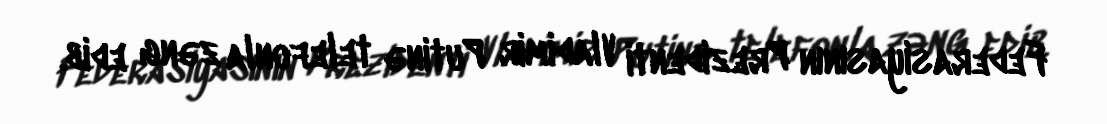
Federasiyasının Prezidenti Vladimir Putinə telefonla zəng edib.